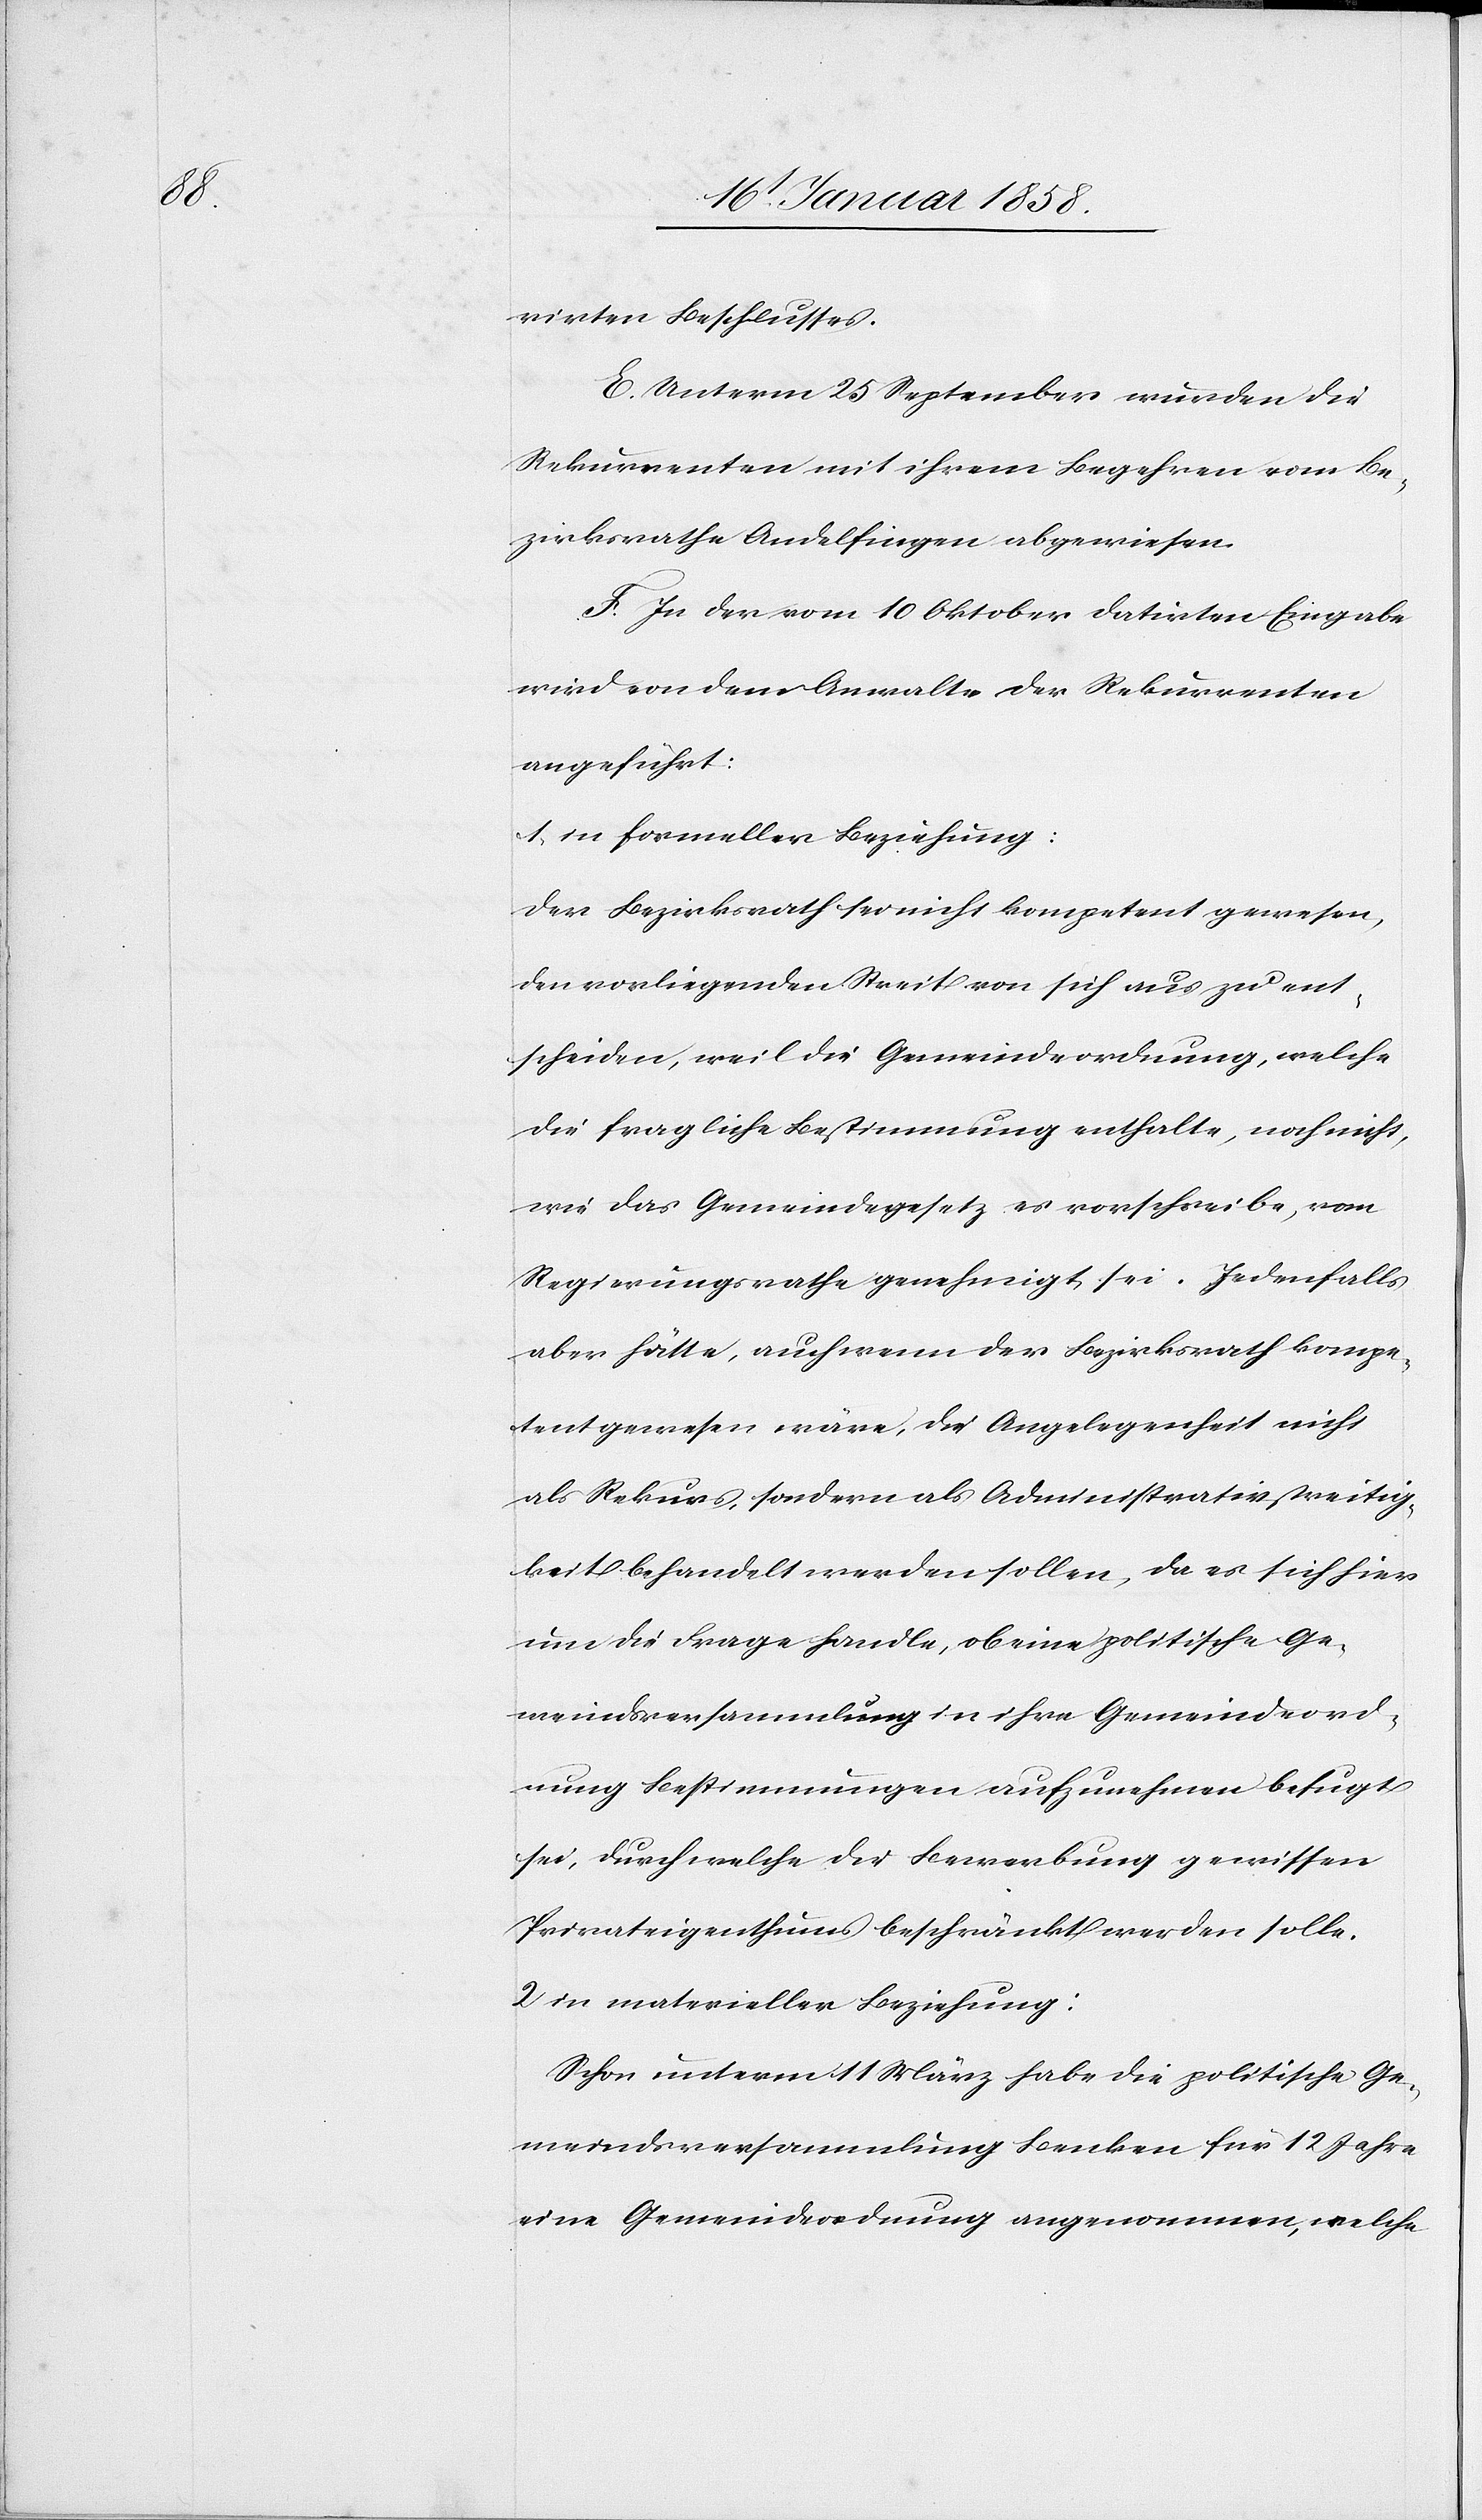
rirten Beschlusses.
E. Unterm 25 September wurden die
Rekurrenten mit ihrem Begehren vom Be¬
zirksrathe Andelfingen abgewiesen.
F. In der vom 10 Oktober datirten Eingabe
wird von dem Anwalte der Rekurrenten
angeführt:
1. in formeller Beziehung:
Der Bezirksrath sei nicht kompetent gewesen,
den vorliegenden Streit von sich aus zu ent¬
scheiden, weil die Gemeindeordnung, welche
die fragliche Bestimmung enthalte, noch nicht,
wie das Gemeindegesetz es vorschreibe, vom
Regierungsrathe genehmigt sei. Jedenfalls
aber hätte, auch wenn der Bezirksrath kompe¬
tent gewesen wäre, die Angelegenheit nicht
als Rekurs, sondern als Administrativstreitig¬
keit behandelt werden sollen, da es sich hier
um die Frage handle, ob eine politische Ge¬
meindsversammlung in ihre Gemeindeord¬
nung Bestimmungen aufzunehmen befugt
sei, durch welche der Bewerbung gewissen
Privateigenthums beschränkt werden solle.
2 in materieller Beziehung:
Schon unterm 11 März habe die politische Ge¬
meindsversammlung Benken für 12 Jahre
eine Gemeindeordnung angenommen, welche